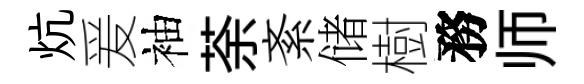
炕爰袖荼紊储樹務师